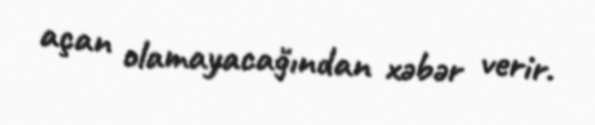
açan olamayacağından xəbər verir.